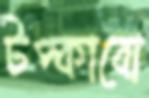
টপ্‌কাবো